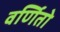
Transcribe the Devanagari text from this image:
वर्णितो